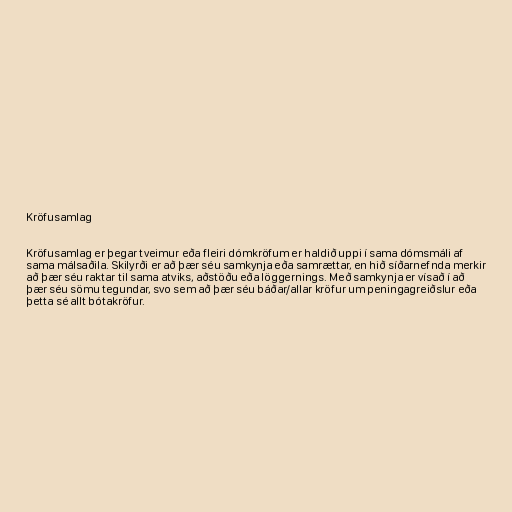
Kröfusamlag

Kröfusamlag er þegar tveimur eða fleiri dómkröfum er haldið uppi í sama dómsmáli af
sama málsaðila. Skilyrði er að þær séu samkynja eða samrættar, en hið síðarnefnda merkir
að þær séu raktar til sama atviks, aðstöðu eða löggernings. Með samkynja er vísað í að
þær séu sömu tegundar, svo sem að þær séu báðar/allar kröfur um peningagreiðslur eða
þetta sé allt bótakröfur.